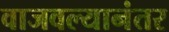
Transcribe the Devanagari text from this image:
वाजवल्यानंतर